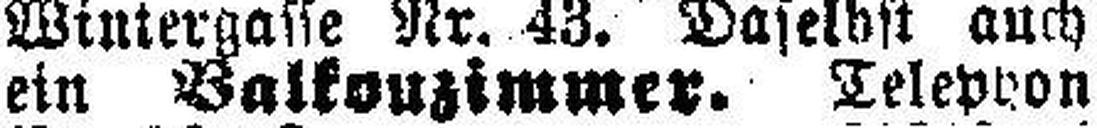
ein Balkonzimmer. Telephon